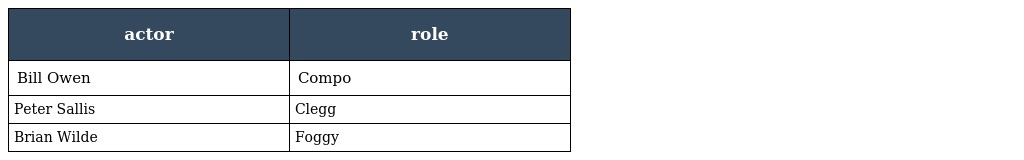
| actor | role |
 | --- | --- |
 | Bill Owen | Compo |
 | Peter Sallis | Clegg |
 | Brian Wilde | Foggy |